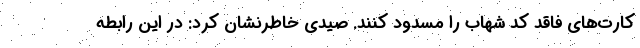
کارت‌های فاقد کد شهاب را مسدود کنند. صیدی خاطرنشان کرد: در این رابطه